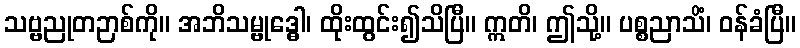
သဗ္ဗညုတဉာစ်ကို။ အဘိသမ္ဗုဒ္ဓေါ၊ ထိုးထွင်း၍သိပြီ။ ဣတိ၊ ဤသို့။ ပစ္စညာသိံ၊ ဝန်ခံပြီ။